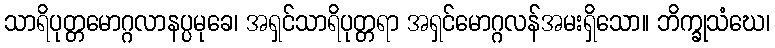
သာရိပုတ္တမောဂ္ဂလာနပ္ပမုခေ၊ အရှင်သာရိပုတ္တရာ အရှင်မောဂ္ဂလန်အမးရှိသော။ ဘိက္ခုသံဃေ၊